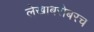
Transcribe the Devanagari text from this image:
लेखांबरोबरच